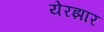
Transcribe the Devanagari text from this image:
येरझार